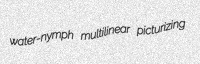
water-nymph multilinear picturizing